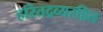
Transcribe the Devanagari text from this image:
हरितद्रव्यरहित